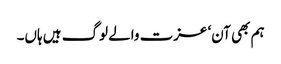
ہم بھی آن‘ عزت والے لوگ ہیں ہاں۔